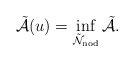
\begin{align*} \Tilde{\mathcal{A}} (u) = \inf_{\Tilde{\mathcal{N}}_{\mathrm{nod}}} \Tilde{\mathcal{A}}.\end{align*}